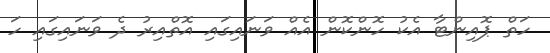
ހަތް ޕޮއިންޓާ އެކު ހޮންކޮން އެއް ވަނައިގައި އޮތްއިރު ދެ ވަނައިގައި ހަ